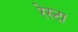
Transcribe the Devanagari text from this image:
रेस्टा